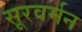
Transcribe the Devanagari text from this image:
सूरवर्मन